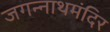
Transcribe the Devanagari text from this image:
जगन्नाथमंदिर